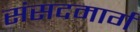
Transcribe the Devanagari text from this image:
संसदमार्ग